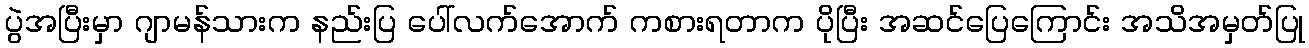
ပွဲအပြီးမှာ ဂျာမန်သားက နည်းပြ ပေါ်လက်အောက် ကစားရတာက ပိုပြီး အဆင်ပြေကြောင်း အသိအမှတ်ပြု